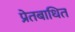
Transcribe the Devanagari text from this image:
प्रेतबाधित